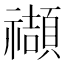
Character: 𥜝